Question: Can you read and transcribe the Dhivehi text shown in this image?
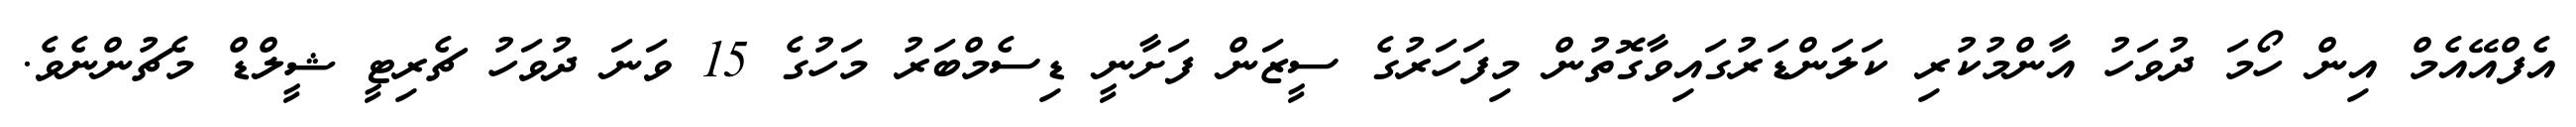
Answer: އެފްއޭއެމް އިން ހޯމަ ދުވަހު އާންމުކުރި ކަލަންޑަރުގައިވާގޮތުން މިފަހަރުގެ ސީޒަން ފަށާނީ ޑިސެމްބަރު މަހުގެ 15 ވަނަ ދުވަހު ޗެރިޓީ ޝީލްޑް މެޗުންނެވެ.